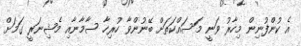
އެ ކުންފުނިން މިހާރު ވަނީ މަސައްކަތަށް ބޭނުންވާ ހުރިހާ ސާމާނާއި މެޝިނަރީ ގަމަށް